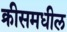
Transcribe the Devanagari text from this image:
क्रीसमधील